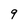
Character: 9